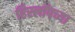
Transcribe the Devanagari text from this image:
हिस्लॉपच्या